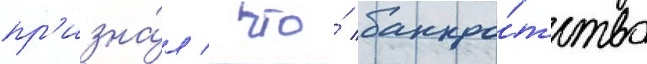
пр'изна́л / что́ банкро́тство